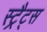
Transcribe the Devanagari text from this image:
स्ट्रैट्‍स